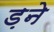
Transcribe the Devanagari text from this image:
ड़ने